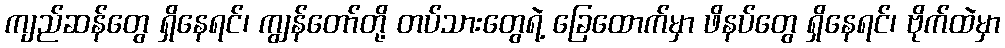
ကျည်ဆန်တွေ ရှိနေရင်၊ ကျွန်တော်တို့ တပ်သားတွေရဲ့ ခြေထောက်မှာ ဖိနပ်တွေ ရှိနေရင်၊ ဗိုက်ထဲမှာ